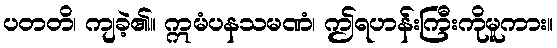
ပတတိ၊ ကျခဲ့၏။ ဣမံပနသမဏံ၊ ဤရဟန်းကြီးကိုမူကား။